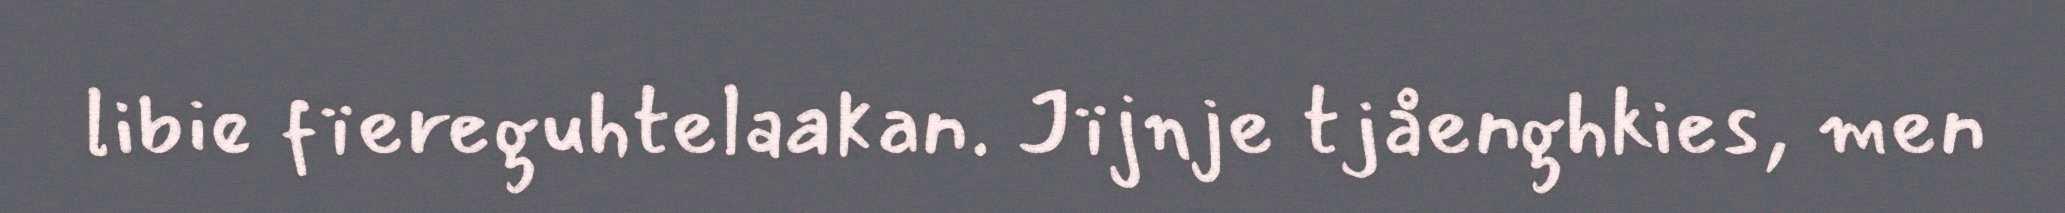
libie fïereguhtelaakan. Jïjnje tjåenghkies, men